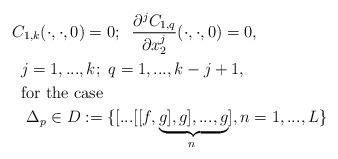
LaTeX: \begin{align*}&C_{1,k} (\cdot,\cdot,0)=0;\;\;\frac{\partial^{j}C_{1,q}}{\partial x^j_2}(\cdot,\cdot,0)=0,\\&\,\,\,j=1,...,k;\,\,q=1,...,k-j+1,\\&\,\,\,\mathrm{for\,\, the\,\, case}\\&\,\,\,\,\,\Delta _{p} \in D:=\{[...[[f,\underbrace{g],g],...,g}_{n \, \, }],n=1,...,L\}\end{align*}